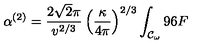
\alpha ^ { ( 2 ) } = \frac { 2 \sqrt { 2 } \pi } { v ^ { 2 / 3 } } \left( \frac { \kappa } { 4 \pi } \right) ^ { 2 / 3 } \int _ { { \cal { C } } _ { \omega } } { 9 6 F }